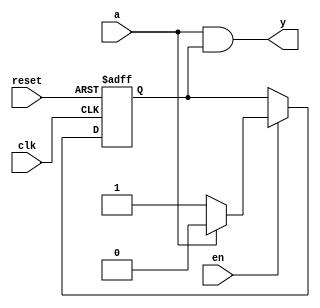
module mealy_fsm
(
    input  clk,
    input  reset,
    input  en,
    input  a,
    output y
);

    parameter [0:0] S0 = 1'b0, S1 = 1'b1;

    reg state, next_state;

    // State register

    always @ (posedge clk or posedge reset)
        if (reset)
            state <= S0;
        else if (en)
            state <= next_state;

    // Next state logic

    always @*
        case (state)
        
        S0:
            if (a)
                next_state = S0;
            else
                next_state = S1;

        S1:
            if (a)
                next_state = S0;
            else
                next_state = S1;

        default:

            next_state = S0;

        endcase

    // Output logic based on current state and inputs

    assign y = (a & state == S1);

endmodule